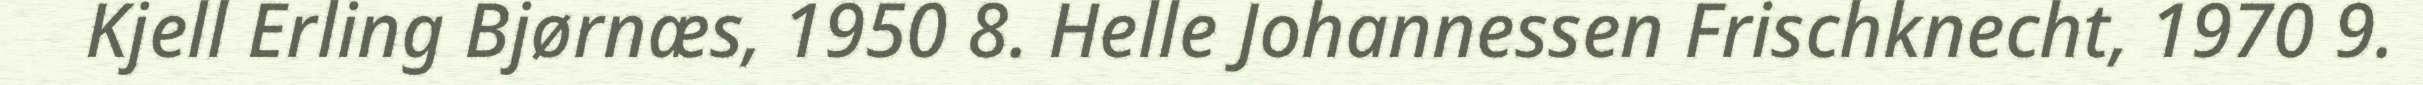
Kjell Erling Bjørnæs, 1950 8. Helle Johannessen Frischknecht, 1970 9.